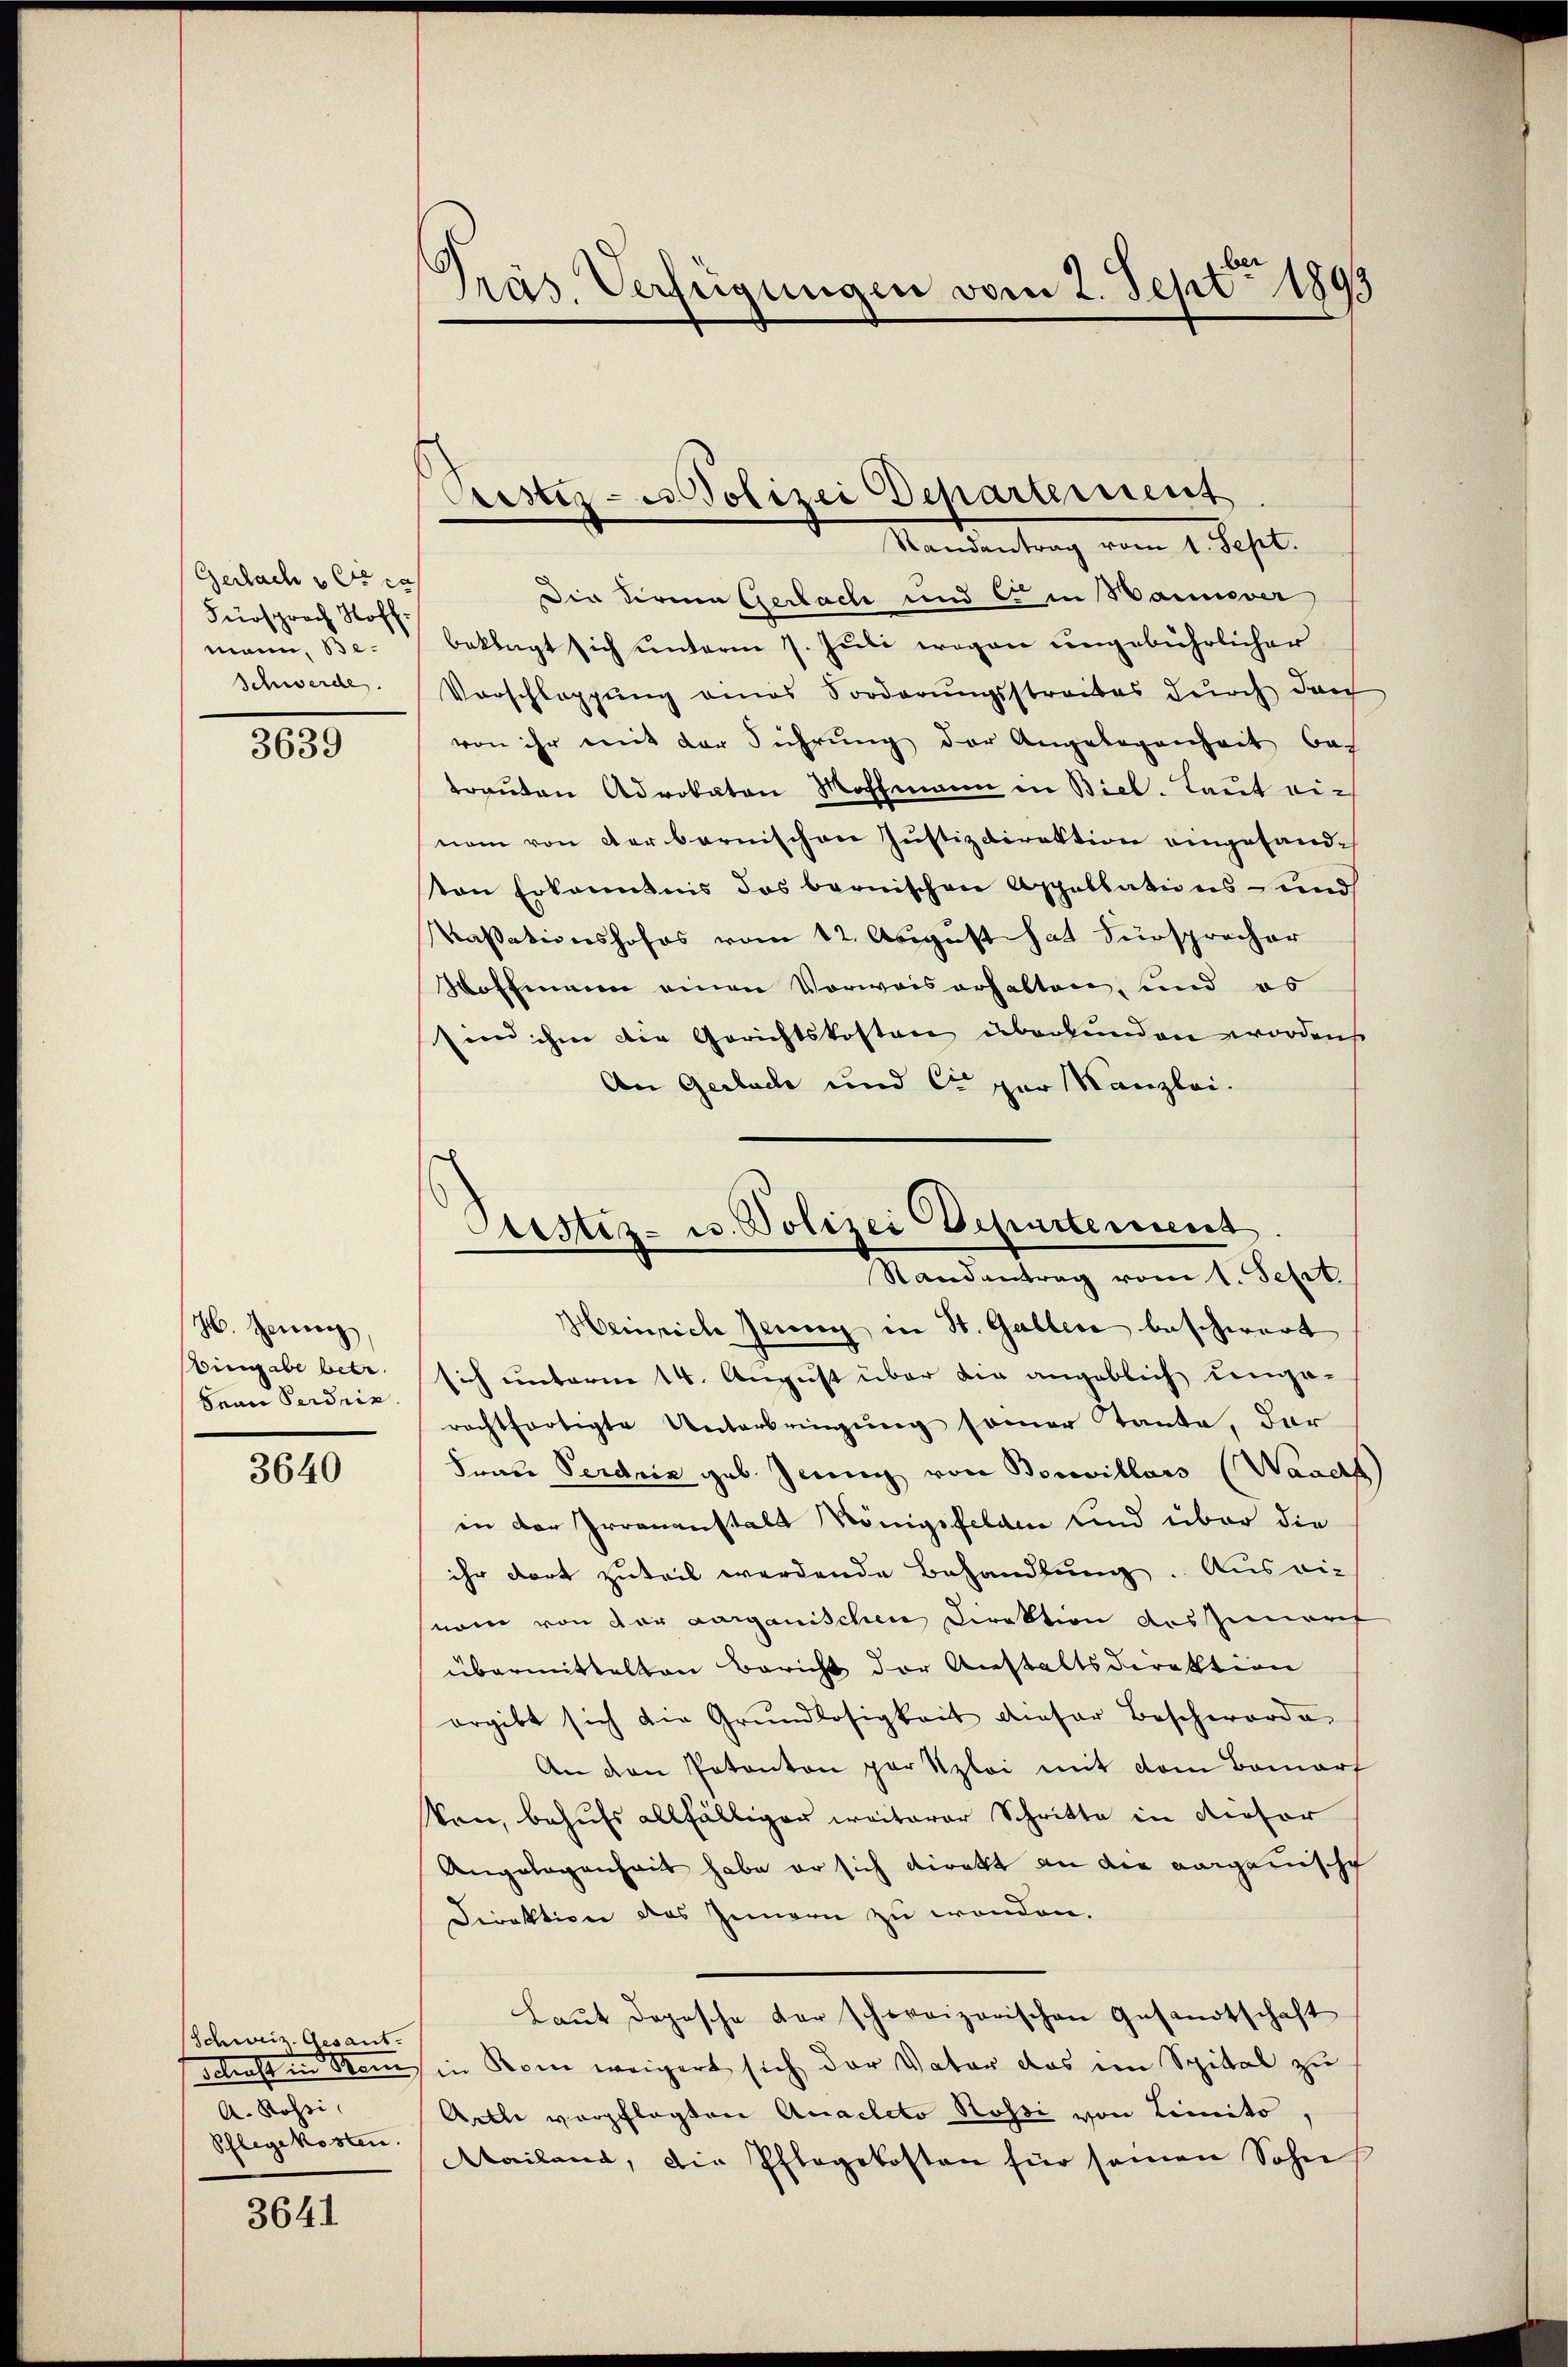
Gerlach die
Fürsprach Hoffmann, Be¬
Schwerde.

3639

H. Zeug
ingabe betr.
Sean Perdrin

3640

(Schweiz. Gesant.
A. Rossi,
Schlegekosten.

3641

Präs. Verfügungen vom 2. Sept. 1893

Cristiz- u. Polizei Departement

Randantrag vom 1. Sept.
Die Firma Gerlach und C. in Wanever
beklagt sich unterm 7. Juli wegen ungebührlicher
Vorschleppung eines Sorderungsstreibes durch dach
von ihr mit der Führung der Angelegenheit bes
trauten Advokaten Moffmann in Biel. Laut einem von der bernischen Justizdirektion eingesandvon Erkanntnis des bernischen Appellations- und
Kassationshofes vom 12. August hat Fürsprocher
Woffmann einen Vorwaiserhalten, und es
sin ihm die Gerichtskosten überkunden worden
An Gerbache und C. zur Kanzlei.
Heinrich Jenny in St. Gallere beschwert
sich unterm 14. August über die angeblich umge-
rachtfertigte Unterbringung seiner Tante, der
Feuer Perdrie geb. Jennig von Bouvillais (Waad
in der Irrenanstalt Königsfelden und über die
ihr dort zuteil werdende Behandlung. Ausrie
nom von der aarganischen Direktion aussimort
übermittelten Bericht der Anstaltsdirektion
ergibt sich die Grundlosigkeit dieser Beschworde
An den Patanton par Szlei mit dem Bomarf
kan, behufs allfälliger weiterer Schritte in dieser
Angelegenheit habe er sich direkt an die vorganische
Direktion des Innern zu wenden.
Laut dopische der schweizerischen Gesandtschaft
schaft in Nomsin Rom weigert sich der Vater das im Spital zu
Arth vorgelegten Anacleto Rossi von Limito
Mailand, die Pflegekosten für seinen Sohn

Astiz- u. Polizei Departement
Randantrag vom 1. Sept.